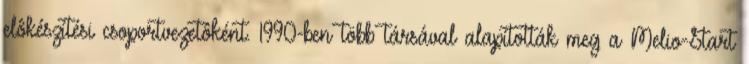
elôkészítési csoportvezetôként. 1990-ben több társával alapították meg a Melio-Start